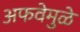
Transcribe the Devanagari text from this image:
अफवेमुळे